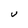
Character: u